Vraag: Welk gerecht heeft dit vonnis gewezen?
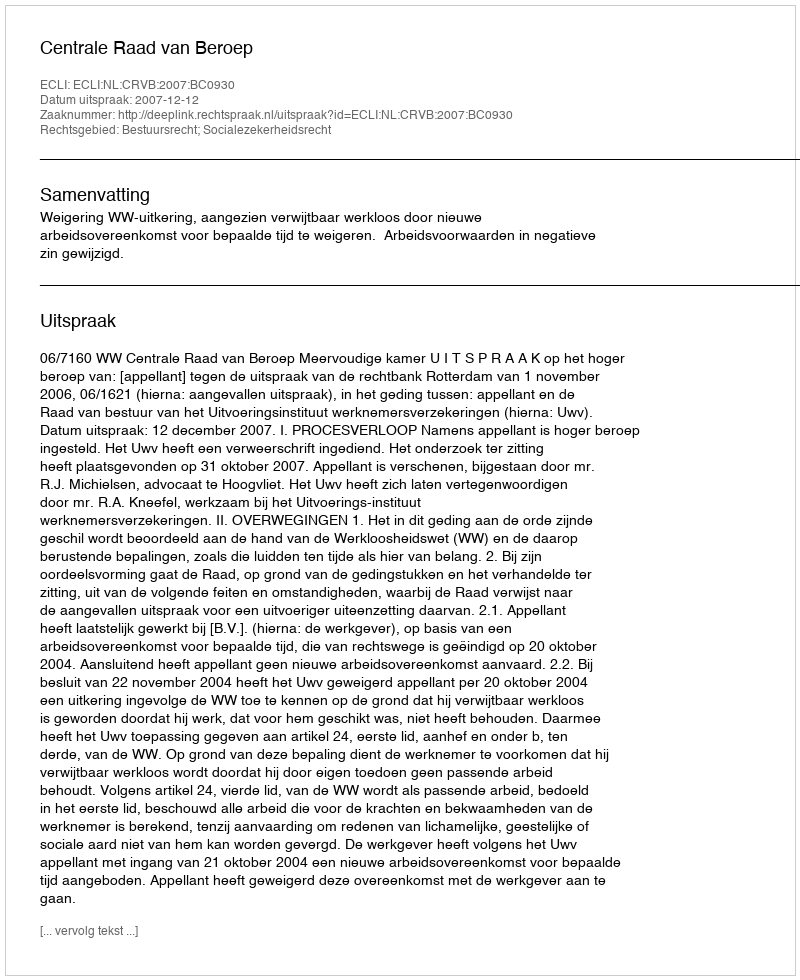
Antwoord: Centrale Raad van Beroep